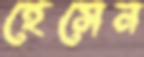
হেসেন